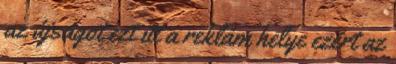
az újságot ezt itt a reklám helye ezért az